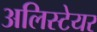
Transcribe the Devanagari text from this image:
अलिस्टेयर